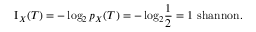
\operatorname { I } _ { X } ( T ) = - \log _ { 2 } { p _ { X } { ( T ) } } = - \log _ { 2 } \! { \frac { 1 } { 2 } } = 1 { \mathrm { ~ s h a n n o n } } .